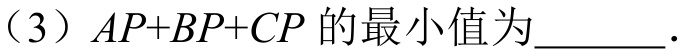
(3) \(AP + BP+CP\)的最小值为________.